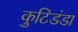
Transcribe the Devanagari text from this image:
कुटिडंडा